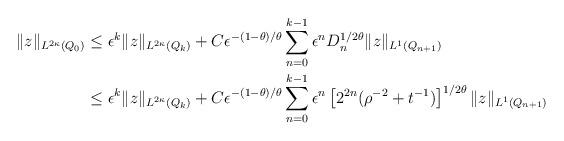
LaTeX: \begin{align*}\|z\|_{L^{2\kappa}(Q_0)} & \le\epsilon^k\|z\|_{L^{2\kappa}(Q_k)}+C\epsilon^{-(1-\theta)/\theta}\sum_{n=0}^{k-1}\epsilon^nD_n^{1/2\theta}\|z\|_{L^1(Q_{n+1})}\\ & \le\epsilon^k\|z\|_{L^{2\kappa}(Q_k)}+C\epsilon^{-(1-\theta)/\theta}\sum_{n=0}^{k-1}\epsilon^n\left[2^{2n}(\rho^{-2}+t^{-1})\right]^{1/2\theta}\|z\|_{L^1(Q_{n+1})}\end{align*}